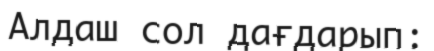
Алдаш сол дағдарып: